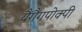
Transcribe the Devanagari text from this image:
यैंगैंगपोक्पी